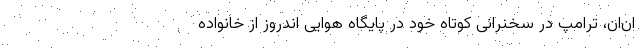
‌ان‌ان، ترامپ در سخنرانی کوتاه خود در پایگاه هوایی اندروز از خانواده